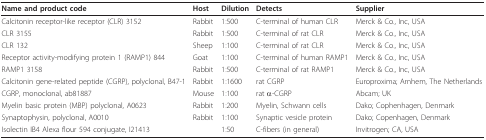
<table><thead><tr><td><b>Name and product code</b></td><td><b>Host</b></td><td><b>Dilution</b></td><td><b>Detects</b></td><td><b>Supplier</b></td></tr></thead><tbody><tr><td>Calcitonin receptor-like receptor (CLR) 3152</td><td>Rabbit</td><td>1:500</td><td>C-terminal of human CLR</td><td>Merck &amp; Co., Inc, USA</td></tr><tr><td>CLR 3155</td><td>Rabbit</td><td>1:500</td><td>C-terminal of rat CLR</td><td>Merck &amp; Co., Inc, USA</td></tr><tr><td>CLR 132</td><td>Sheep</td><td>1:100</td><td>C-terminal of rat CLR</td><td>Merck &amp; Co., Inc, USA</td></tr><tr><td>Receptor activity-modifying protein 1 (RAMP1) 844</td><td>Goat</td><td>1:100</td><td>C-terminal of human RAMP1</td><td>Merck &amp; Co., Inc, USA</td></tr><tr><td>RAMP1 3158</td><td>Rabbit</td><td>1:500</td><td>C-terminal of rat RAMP1</td><td>Merck &amp; Co., Inc, USA</td></tr><tr><td>Calcitonin gene-related peptide (CGRP), polyclonal, B47-1</td><td>Rabbit</td><td>1:1600</td><td>rat CGRP</td><td>Europroxima; Arnhem, The Netherlands</td></tr><tr><td>CGRP, monoclonal, ab81887</td><td>Mouse</td><td>1:100</td><td>rat α-CGRP</td><td>Abcam; UK</td></tr><tr><td>Myelin basic protein (MBP) polyclonal, A0623</td><td>Rabbit</td><td>1:200</td><td>Myelin, Schwann cells</td><td>Dako; Cophenhagen, Denmark</td></tr><tr><td>Synaptophysin, polyclonal, A0010</td><td>Rabbit</td><td>1:100</td><td>Synaptic vesicle protein</td><td>Dako; Copenhagen, Denmark</td></tr><tr><td>Isolectin IB4 Alexa flour 594 conjugate, I21413</td><td></td><td>1:50</td><td>C-fibers (in general)</td><td>Invitrogen; CA, USA</td></tr></tbody></table>